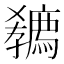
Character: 𡦭